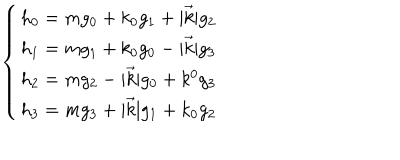
LaTeX: \left\{ \begin{array} { l } { { h _ { 0 } = m g _ { 0 } + k _ { 0 } g _ { 1 } + | \vec { k } | g _ { 2 } \nonumber } } \\ { { h _ { 1 } = m g _ { 1 } + k _ { 0 } g _ { 0 } - | \vec { k } | g _ { 3 } \nonumber } } \\ { { h _ { 2 } = m g _ { 2 } - | \vec { k } | g _ { 0 } + k ^ { 0 } g _ { 3 } \nonumber } } \\ { { h _ { 3 } = m g _ { 3 } + | \vec { k } | g _ { 1 } + k _ { 0 } g _ { 2 } } } \\ \end{array} \right.